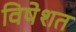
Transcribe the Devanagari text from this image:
विषेशत